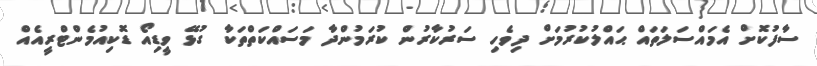
ސާފުކޮށް އެމައްސަލަތައް ޙައްލުކުރުމަށް ދިވެހި ސަރުކާރުން ކުރަމުންދާ މަސައްކަތްތަކާ ގުޅޭ ވީޑިއޯ ޑޮކިއުމެންޓްރީއެއް